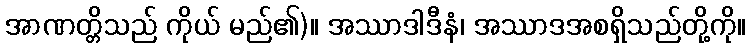
အာဏတ္တိသည် ကိုယ် မည်၏)။ အဿာဒါဒီနံ၊ အဿာဒအစရှိသည်တို့ကို။